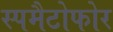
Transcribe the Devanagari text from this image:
स्पमैटोफोर